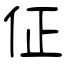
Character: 佂